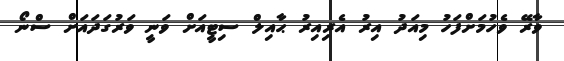
ވާރޭ ވެހުމަށްފަހު މިއަދު އިރު އެރިއިރު ޙާއިލް ސިޓީއަށް ވަނީ ވަރުގަދައަށް ސްނޯ